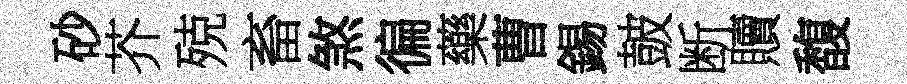
砂芥殑畜煞徧藥曹錫皷断贖馥